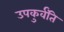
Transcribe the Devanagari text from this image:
उपकुर्वंति